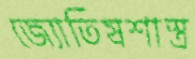
জ্যোতিষশাস্ত্র